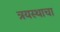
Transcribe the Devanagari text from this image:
त्रयस्थाचा